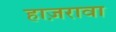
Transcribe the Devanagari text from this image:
हाज़रावा